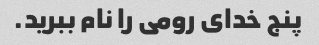
پنج خدای رومی را نام ببرید.